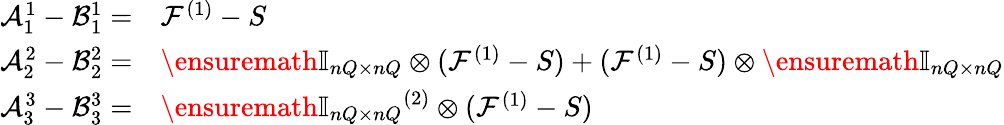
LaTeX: \begin{array}{rl}{\mathcal A_{1}^{1}-\mathcal B_{1}^{1}=}&{{}\mathcal F^{(1)}-S}\\ {\mathcal A_{2}^{2}-\mathcal B_{2}^{2}=}&{{}\ensuremath{\mathbb{I}_{nQ\times nQ}}\otimes(\mathcal F^{(1)}-S)+(\mathcal F^{(1)}-S)\otimes\ensuremath{\mathbb{I}_{nQ\times nQ}}}\\ {\mathcal A_{3}^{3}-\mathcal B_{3}^{3}=}&{{}\ensuremath{\mathbb{I}_{nQ\times nQ}}^{(2)}\otimes(\mathcal F^{(1)}-S)}\end{array}